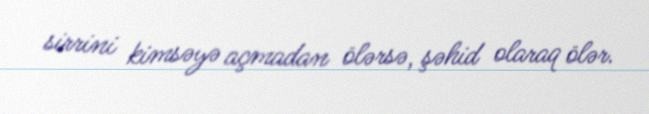
sirrini kimsəyə açmadan ölərsə, şəhid olaraq ölər.